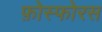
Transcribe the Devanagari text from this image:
फ़ोस्फोरस